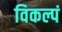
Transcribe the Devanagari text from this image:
विकल्पं